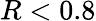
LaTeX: R<0.8